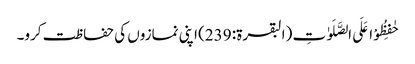
حٰفِظُوْا عَلَی الصَّلَوٰتِ (البقرۃ: 239) اپنی نمازوں کی حفاظت کرو۔